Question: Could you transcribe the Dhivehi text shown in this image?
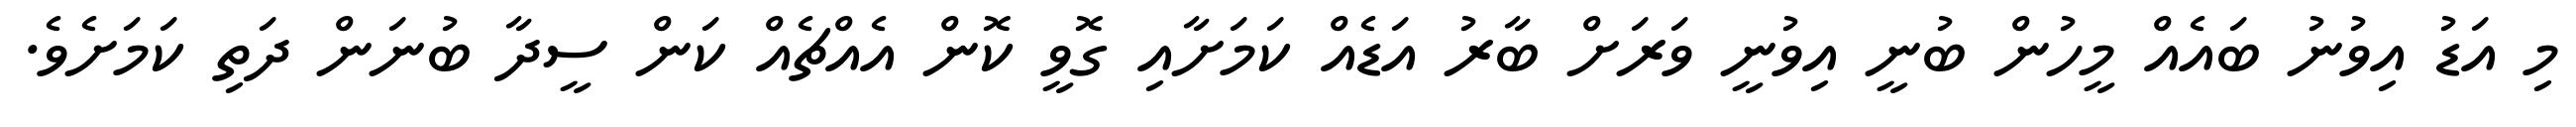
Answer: މި އަޑު އިވުނު ބައެއް މީހުން ބުނީ އިވުނީ ވަރަށް ބާރު އަޑެއް ކަމަށާއި ގޮވީ ކޮން އެއްޗެއް ކަން ސީދާ ބުނަން ދަތި ކަމަށެވެ.